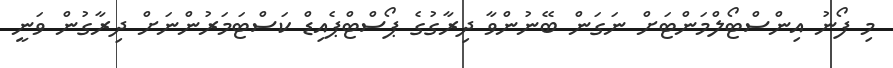
މި ފޯނު އިންސްޓޯލްމަންޓަށް ނަގަން ބޭނުންވާ ދިރާގުގެ ޕޯސްޓްޕެއިޑް ކަސްޓަމަރުންނަށް ދިރާގުން ވަނީ